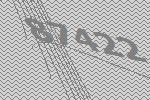
87422